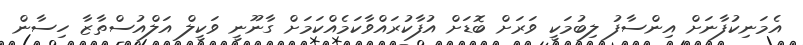
އެމަނިކުފާނަށް އިންސާފު ލިބުމަކީ ވަރަށް ބޮޑަށް އުފާކުރައްވާކަމެއްކަމަށް ގާނޫނީ ވަކީލް އަލްއުސްތާޒާ ހިސާން